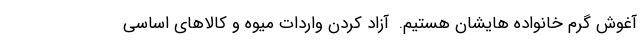
آغوش گرم خانواده هایشان هستیم.  آزاد کردن واردات میوه و کالاهای اساسی